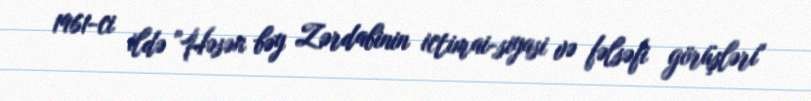
1961-ci ildə "Həsən bəy Zərdabinin ictimai-siyasi və fəlsəfi görüşləri"